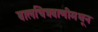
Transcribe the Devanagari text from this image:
बालचित्रवाणीमधून